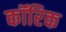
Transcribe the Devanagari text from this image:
कॉरिक